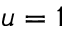
u = 1